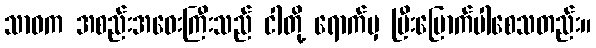
သာဝက အစည်းအဝေးကြီးသည် ငါတို့ ရောက်မှ ပြီးမြောက်ပါစေသတည်း။